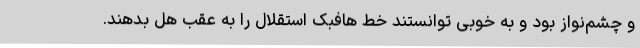
و چشم‌نواز بود و به خوبی توانستند خط هافبک استقلال را به عقب هل بدهند.